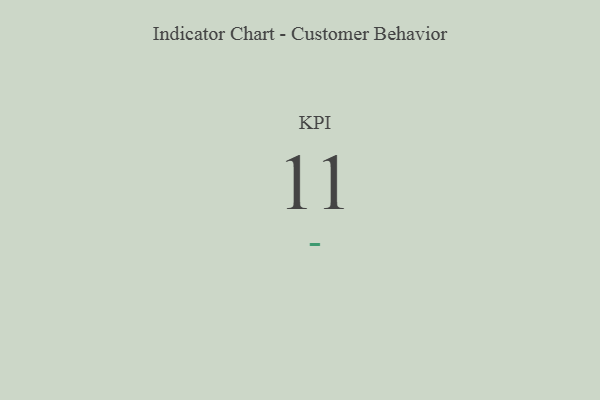
{"axis": {"x": "KPI", "y": "Value"}, "legend": [""], "data": [{"x": "KPI", "y": 11, "type": ""}]}